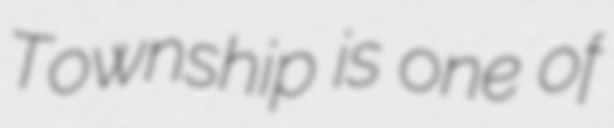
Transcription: Township is one of